Report on vaccination in the Province of Bengal - 1874-1889
Year: 1874
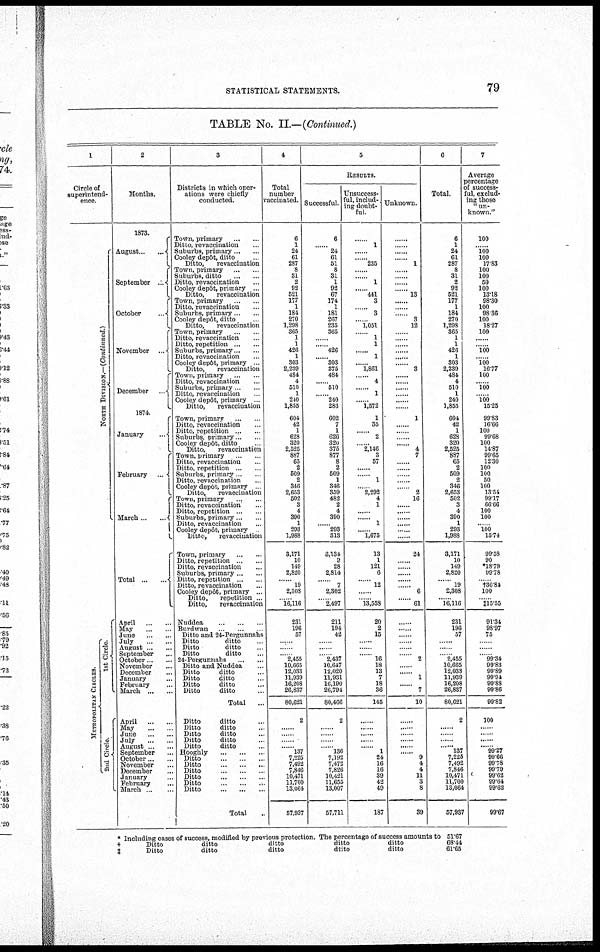
STATISTICAL STATEMENTS.
79
TABLE No. II.—(Continued.)
1
Circle of
superintend-
ence.
NORT H DIVISION.—(Continued.)
ME T R OP OL IT
AN CIRCLES.
1st Circle.
2nd Ci r cl e.
2
Months.
1873.
August ... ...
September
...
October ...
November
...
December
...
1874.
January
...
February
...
March
...
...
Total
...
...
April
...
...
May
...
...
June
...
...
July
...
...
August
...
...
September ...
October
November ...
December ...
January ...
February ...
March
...
...
April
...
...
May
...
...
June
...
...
July
...
...
August ... ...
September ...
October ... ...
November ...
December ...
January ...
February ...
March ... ...
3
Districts in which oper-
ations were chiefly
conducted.
Town, primary ... ...
Ditto, revaccination ...
Suburbs, primary ... ...
Cooley depôt, ditto ... ...
Ditto,
revaccination
Town, primary
...
Suburbs, ditto
...
...
Ditto, revaccination ...
Cooley depôt, primary ..
Ditto,
revaccination ...
Town, primary ... ...
Ditto, revaccination ...
Suburbs, primary ... ...
Cooley depôt, ditto ...
Ditto,
revaccination
Town, primary
...
...
Ditto, revaccination ...
Ditto, repetition ... ...
Suburbs, primary ... ...
Ditto, revaccination ...
Cooley depôt, primary ...
Ditto,
revaccination
Town, primary ... ...
Ditto, revaccination ...
Suburbs, primary ...
Ditto, revaccination
Cooley depôt, primary ...
Ditto,
revaccination
Town, primary ... ...
Ditto, revaccination ...
Ditto, repetition ...
Suburbs, primary ...
Cooley depôt, ditto
Ditto,
revaccinatien
Town, primary ... ...
Ditto, revaccination ...
Ditto, repetition
...
...
Suburbs, primary ...
Ditto, revaccination ...
Cooley depôt, primary
Ditto,
revaccination
Town, primary ... ...
Ditto, revaccination ...
Ditto, repetition ...
Suburbs, primary ... ...
Ditto, revaccination ...
Cooley depôt, primary
Ditto,
revaccination
Town, primary
...
...
Ditto, repetition ... ...
Ditto, revaccination ...
Suburbs, primary ... ...
Ditto, repetition ...
Ditto, revaccination ...
Cooley depôt, primary ...
Ditto,
repetition ..
Ditto,
revaccination
Nuddea
...
...
...
Burdwan ... ...
Ditto and 24-Pergunnahs
Ditto
ditto ...
Ditto
ditto ...
Ditto
ditto ...
24-Pergunnahs ... ...
Ditto and Nuddea ...
Ditto
ditto ...
Ditto
ditto ...
Ditto
ditto ...
Ditto
ditto ...
Total ...
Ditto
ditto ...
Ditto
ditto ...
Ditto
ditto ...
Ditto
ditto ...
Ditto
ditto ...
Hooghly
...
...
...
Ditto
...
...
...
Ditto
...
...
...
Ditto
...
...
...
Ditto
...
...
...
Ditto
...
...
...
Ditto
...
...
...
Total ...
4
Total
number
vaccinated.
6
1
24
61
287
8
31
2
92
521
177
1
181
270
1,298
365
1
1
426
1
303
2,239
484
4
510
1
240
1,855
604
42
1
628
320
2,525
887
65
2
509
2
346
2,653
502
3
4
390
1
293
1,988
3,171
10
149
2,820
......
19
2,308
......
16,116
231
196
57
......
......
... 2,455
10,665
12,033
11,939
16,208
26,837
80,621
2
......
......
......
......
137
7,225
7,492
7,846
10,471
11,700
13,064
57,937
5
RESULTS.
Successful.
6
......
24
61
51
8
31
1
92
67
174
1
181
267
235
365
......
......
426
......
303
375
484
.... 510
......
240
283
602
7
1
626
320
375
877
8
2
509
1
346
359
482
2
4
390
......
293
313
3,134
9
28
2,814
......
7
2,302
......
2,497
211
194
42
......
......
...
2,437
10,647
12,020
11,931
16,190
26,794
80,466
2
......
......
......
......
136
7,192
7,472
7,826
10,421
11,655
13,007
57,711
Unsuccess-
ful, includ-
ing doubt-
ful.
......
1
......
......
235
......
......
1
......
441
3
......
3
......
1,051
......
1
1
......
1
......
1,861
......
4
......
1
......
1,572
1
35
...
2
...... 2,146
3
57
......
......
1
......
2,292
4
1
......
......
1
......
1,675
13
1
121
6
......
12
......
......
13,558
20
2
15
......
......
......
16
18
13
7
18
36
145
......
......
......
......
......
1
24
16
16
39
42
49
187
Unknown.
......
......
......
......
1
......
......
......
......
13
......
......
......
3
12
......
......
......
......
......
......
3
......
......
......
......
......
......
1
......
......
......
......
4
7
......
......
......
......
......
2
16
......
......
......
......
......
......
24
......
......
......
......
......
6
......
61
......
......
......
......
......
......
2
......
......
1
......
7
10
......
......
......
......
......
......
9
4
4
11
3
8
39
6
Total.
6
1
24
61
287
8
31
2
92
521
177
1
184
270
1,298
365
1
1
426
1
303
2,239
484
4
510
1
240
1,855
604
42
1
628
320
2,525
887
65
2
509
2
346
2,653
502
3
4
390
1
293
1,988
3,171
10
149
2,820
......
19
2,308
.... 16,116
231
196
57
......
......
......
2,455
10,665
12,033
11,939
16,208
26,837
80,621
2
......
......
......
......
137
7,225
7,492
7,846
10,471
11,700
13,064
57,937
7
Average
percentage
of success-
ful, exclud-
ing those
"un-
known."
100
......
100
100
17.83
100
100
50
100
13.18
98.30
100
98.36
100
18.27
100
......
......
100
......
100
16.77
100
......
100
......
100
15.25
99.83
16.66
100
99.68
100
14.87
99.65
12.30
100
100
50
100
13.54
99.17
66.66
100
100
... 100
15.74
99.58
90
*18.79
99.78
......
†36.84
100
.... ‡15.55
91.34
98.97
75
......
......
......
99.34
99.83
99.89
99.94
99.88
99.86
99.82
100
......
......
......
......
99.27
99.66
99.78
99.79
99.62
99.64
99.62
99.67
*
†
‡
Including cases of success, modified by previous protection. The percentage of success amounts to
Ditto
ditto
ditto
ditto
ditto
Ditto
ditto
ditto
ditto
ditto
51.67
68.44
61.65